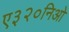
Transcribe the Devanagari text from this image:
ए३२०निओ